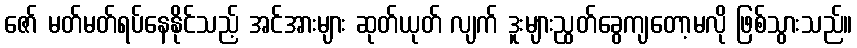
ဇော် မတ်မတ်ရပ်နေနိုင်သည့် အင်အားများ ဆုတ်ယုတ် လျက် ဒူးများညွတ်ခွေကျတော့မလို ဖြစ်သွားသည်။